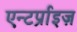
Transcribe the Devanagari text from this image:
एन्टर्प्राइज़